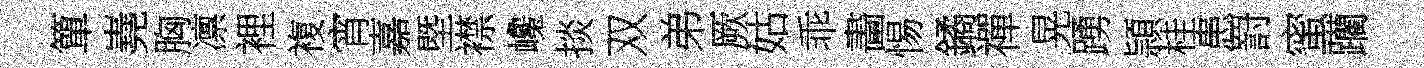
簞嶤胸凛裡複宵嘉塈襟巉掞双弟厥姑乖畵惕鐍禪晃踴頴桂患罸蜜躪